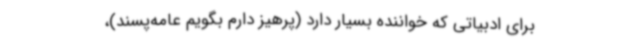
برای ادبیاتی که خواننده بسیار دارد (پرهیز دارم بگویم عامه‌پسند)،